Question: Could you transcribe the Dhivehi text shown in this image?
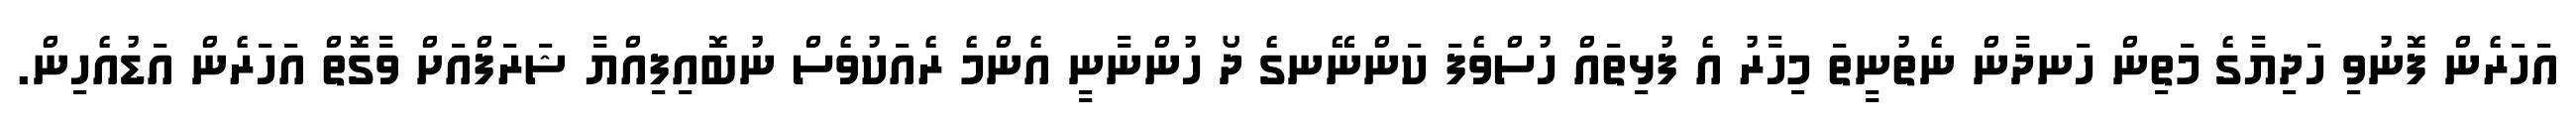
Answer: އަހަރެން ފޮނުވި ހަދިޔާގެ މަތިން ހަނދާން ނެތުނީތަ މިހާރު އެ ފުޅިތައް ހުސްވެފަ ކަންނޭނގެ ދޯ ހުންނާނީ އެންމެ ރެއަކުވެސް ނުބޮއިފިއްޔާ ޝަރަފްއަށް ވާގޮތް އަހަރެން އަޑުއެހިން.